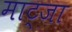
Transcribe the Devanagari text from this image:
माट्जा